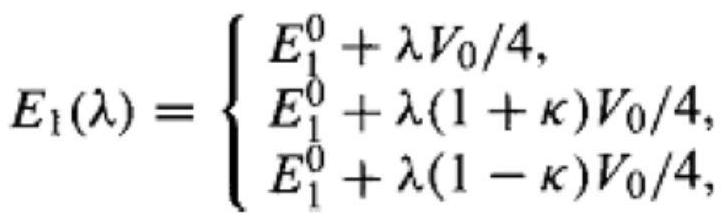
$E_1(\lambda)=\left\{\begin{array}{l}E_1^0+\lambda V_0/4, \\ E_1^0+\lambda(1+\kappa)V_0/4, \\ E_1^0+\lambda(1-\kappa)V_0/4,\end{array}\right.$